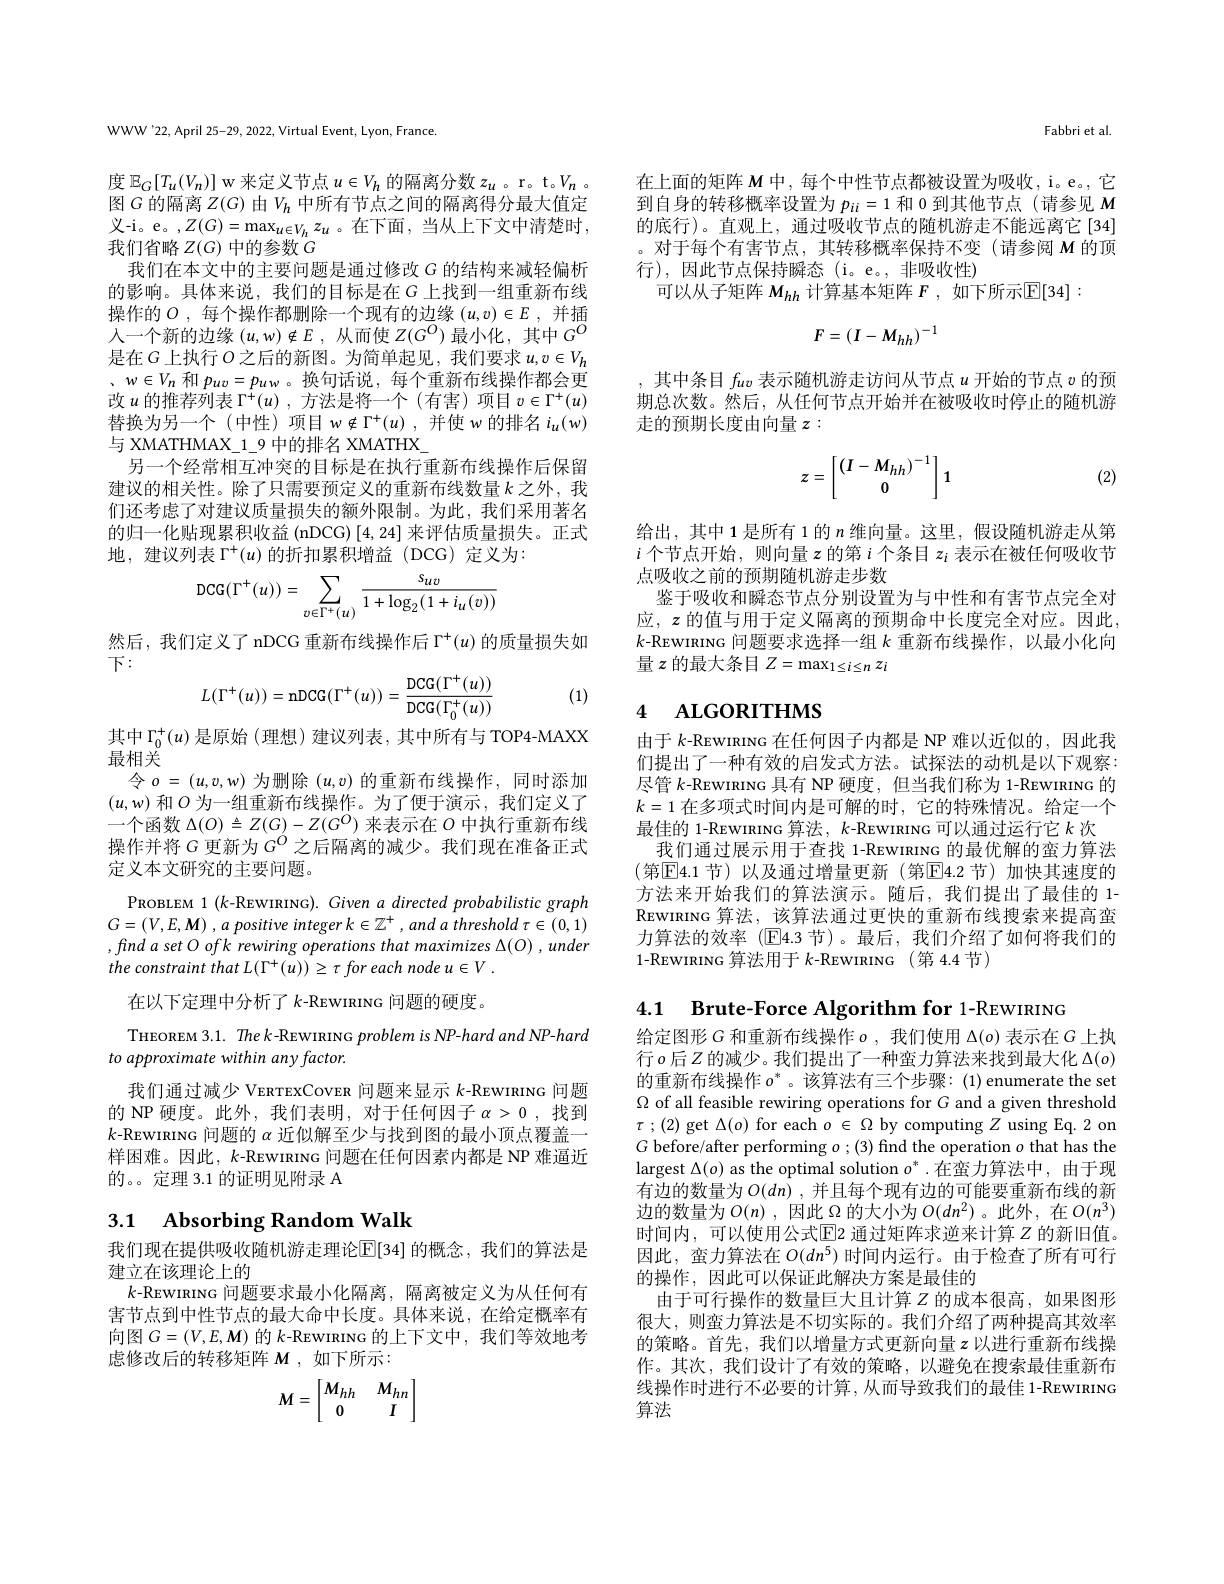
WWW'22,April 25-29, 2022, Virtual Event, Lyon, France.

度$\mathbb{E}_G[T_u(V_n)]$ w 来定义节点$u\in V_h$的隔离分数$z_u$ 。r。t。$V_n$ 。图$G$的隔离$Z(G)$由$V_h$中所有节点之间的隔离得分最大值定${\mathcal{X}}$-i。e。$,Z(G)=\max_{u\in V_{h}}z_{u}$。在下面，当从上下文中清楚时， 我们省略$Z(G)$中的参数$G$
我们在本文中的主要问题是通过修改$G$的结构来减轻偏析的影响。具体来说，我们的目标是在$G$上找到一组重新布线操作的$O$ ,每个操作都删除一个现有的边缘$(u,v)\in E$ ,并插人一个新的边缘$(u,w)\notin E$ ,从而使$Z(G^O)$最小化，其中$G^O$ 是在$G$上执行$O$之后的新图。为简单起见，我们要求$u,v\in V_h$ 、$w\in V_n$和$p_{uv}=p_{uw}$。换句话说，每个重新布线操作都会更改$u$的推荐列表$\Gamma^{+}(u)$,方法是将一个(有害)项目$v\in\Gamma^+(u)$ 替换为另一个(中性)项目$w\notin\Gamma^+(u)$,并使$w$的排名$i_u(w)$ 与 XMATHMAX\_1\_9 中的排名 XMATHX\_
另一个经常相互冲突的目标是在执行重新布线操作后保留建议的相关性。除了只需要预定义的重新布线数量$k$之外，我们还考虑了对建议质量损失的额外限制。为此，我们采用著名的归一化贴现累积收益 (nDCG) [4,24]来评估质量损失。正式地，建议列表$\Gamma^+(u)$的折扣累积增益 (DCG)定义为：
$$\mathrm{DCG}(\Gamma^+(u))=\sum_{v\in\Gamma^+(u)}\frac{s_{uv}}{1+\log_2(1+i_u(v))}$$
然后，我们定义了 nDCG 重新布线操作后$\Gamma^+(u)$的质量损失如
下：
$$L(\Gamma^+(u))=\mathrm{nDCG}(\Gamma^+(u))=\frac{\mathrm{DCG}(\Gamma^+(u))}{\mathrm{DCG}(\Gamma_0^+(u))}$$
(1)

其中$\Gamma_0^+(u)$是原始 (理想) 建议列表，其中所有与 TOP4-MAXX
最相关
令$o=(u,v,w)$为删除$(u,v)$的重新布线操作，同时添加$(u,w)$和$O$为一组重新布线操作。为了便于演示，我们定义了一个函数$\Delta(O)\triangleq Z(G)-Z(G^{O})$来表示在$O$中执行重新布线操作并将$G$更新为$G^{O}$之后隔离的减少。我们现在准备正式定义本文研究的主要问题。

PROBLEM 1 $(k$-REWIRING). Given a directed probabilistic graph $G= ( V, E, \boldsymbol{M})$ , $a$ positive integer $k\in \mathbb{Z} ^{+ }$ , and $a$ threshold $\tau \in ( 0, 1)$ $,findasetOofk$ rewiring operations that maximizes $\Delta(O),under$ the constraint that L( T'(u)) ≥ τ for each node u ∈ V .
在以下定理中分析了$k$-REWIRING 问题的硬度。
THEOREM 3.1. The k-REWIRING problem is NP-hard and NP-hard
to approximate within any factor
我们通过减少 VERTEXCovER 问题来显示$k$-REWIRING 问题的 NP 硬度。此外，我们表明，对于任何因子$\alpha>0$ ,找到$k$-REWIRING 问题的$\alpha$近似解至少与找到图的最小顶点覆盖样困难。因此，$k$-REWIRING 问题在任何因素内都是 NP 难逼近的。。定理 3.1 的证明见附录 A

# 3.1 Absorbing Random Walk

我们现在提供吸收随机游走理论$\mathbb{E}[34]$ 的概念，我们的算法是
建立在该理论上的
$k$-REWIRING 问题要求最小化隔离，隔离被定义为从任何有害节点到中性节点的最大命中长度。具体来说，在给定概率有向图$G=(V,E,M)$的$k$-REWIRING 的上下文中，我们等效地考虑修改后的转移矩阵$M$,如下所示：
$$M=\begin{bmatrix}M_{hh}&M_{hn}\\0&I\end{bmatrix}$$
Fabbri et al.

在上面的矩阵$M$中，每个中性节点都被设置为吸收，i。e。,它到自身的转移概率设置为$p_{ii}=1$和0到其他节点(请参见$M$ 的底行)。直观上，通过吸收节点的随机游走不能远离它[34] 。对于每个有害节点，其转移概率保持不变(请参阅 M 的顶行 ) , 因 此 节 点 保 持 瞬 态 ( i。e。, 非 吸 收 性 )
可以从子矩阵$M_{hh}$计算基本矩阵$F$,如下所示$\mathbb{E}[34]:$
$$F=(I-M_{hh})^{-1}$$
,其中条目$f_uv$表示随机游走访问从节点$u$开始的节点$v$的预期总次数。然后，从任何节点开始并在被吸收时停止的随机游走的预期长度由向量$z:$
$$z=\begin{bmatrix}(I-M_{hh})^{-1}\\0\end{bmatrix}1$$
(2)

给出，其中 1 是所有 1 的$n$维向量。这里，假设随机游走从第$i$个节点开始，则向量$z$的第 i 个条目$z_i$表示在被任何吸收节点吸收之前的预期随机游走步数
鉴于吸收和瞬态节点分别设置为与中性和有害节点完全对应，$\boldsymbol{z}$ 的值与用于定义隔离的预期命中长度完全对应。因此， $k$-REWIRING 问题要求选择一组$k$ 重新布线操作，以最小化向量$z$ 的最大条目 $Z=\max_1\leq i\leq nz_i$

# 4 ALGORITHMS

由于$k$-REWIRING 在任何因子内都是 NP 难以近似的，因此我们提出了一种有效的启发式方法。试探法的动机是以下观察： 尽管$k$-REWIRING 具有 NP 硬度，但当我们称为 1-REWIRING 的$k=1$在多项式时间内是可解的时，它的特殊情况。给定一个最佳的 1-REWIRING 算法$,k$ -REWIRING 可以通过运行它$k$次
我们通过展示用于查找 1-REWIRING 的最优解的蛮力算法(第$\mathbb{E}$4.1 节)以及通过增量更新(第$\mathbb{E}$4.2 节)加快其速度的方法来开始我们的算法演示。随后，我们提出了最佳的 1- REWIRING 算法，该算法通过更快的重新布线搜索来提高蛮力算法的效率(E4.3 节)。最后，我们介绍了如何将我们的1-REWIRING 算法用于$k$-REWIRING (第 4.4 节)

4.1 Brute-Force Algorithm for 1-REWIRING

给定图形$G$和重新布线操作$o$,我们使用$\Delta(o)$表示在$G$上执行$o$后$Z$的减少。我们提出了一种蛮力算法来找到最大化 $\Delta(o)$ 的重新布线操作$o^*$。该算法有三个步骤：(1) enumerate the set $\Omega$ of all feasible rewiring operations for G and a given threshold $\tau$ ; (2) get $\Delta(o)$ for each $o\in\Omega$ by computing $Z$ using Eq. 2 on $G$ before/after performing $o$ ;(3) find the operation $o$ that has the largest $\Delta(o)$ as the optimal solution $o^*.$在蛮力算法中，由于现有边的数量为$O(dn)$ ,并且每个现有边的可能要重新布线的新边的数量为$O(n)$ ,因此$\Omega$的大小为$O(dn^2)$ 。此外 ,在$O(n^3)$ 时间内，可以使用公式$\boxed{\mathrm{E}}$2 通过矩阵求逆来计算 $Z$ 的新旧值。因此，蛮力算法在$O(dn^5)$时间内运行。由于检查了所有可行的操作，因此可以保证此解决方案是最佳的
由于可行操作的数量巨大且计算$Z$的成本很高，如果图形很大，则蛮力算法是不切实际的。我们介绍了两种提高其效率的策略。首先，我们以增量方式更新向量$z$ 以进行重新布线操作。其次，我们设计了有效的策略，以避免在搜索最佳重新布线操作时进行不必要的计算，从而导致我们的最佳 1-REWIRING 算法